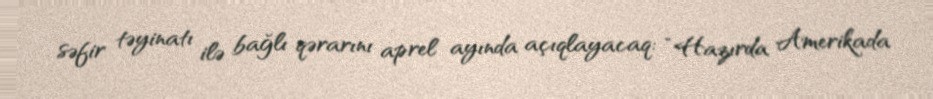
səfir təyinatı ilə bağlı qərarını aprel ayında açıqlayacaq: “Hazırda Amerikada